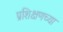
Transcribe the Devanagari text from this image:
प्रशिक्षणच्या